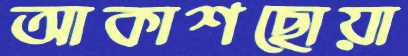
আকাশছোয়া